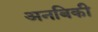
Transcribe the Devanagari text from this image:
अनबिकी